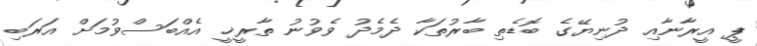
ޕީ އީރާނާއި ދުނިޔޭގެ ބޮޑެތި ބާރުތަކާ ދެމެދު ވެވުނު ތާރީޚީ އެއްބަސްވުމަށް އަރަބި